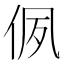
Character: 㑉